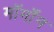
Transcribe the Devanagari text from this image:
मॉर्मॉन